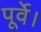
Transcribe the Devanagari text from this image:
पूर्वे।